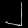
Digit: ၂